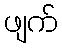
ဖျက်